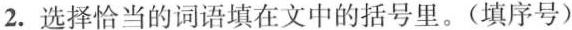
2.选择恰当的词语填在文中的括号里。(填序号)